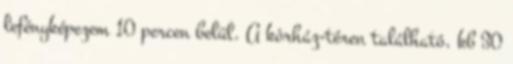
lefényképezem 10 percen belül. A kórház-téren található, kb 30